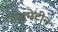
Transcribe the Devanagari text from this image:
इमेटीन